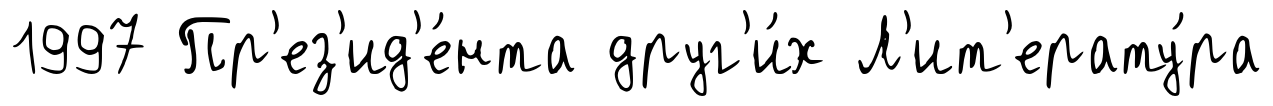
1997 Пр'ез'ид'е́нта друг'и́х Л'ит'ерату́ра